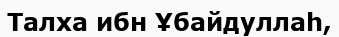
Талха ибн Ұбайдуллаһ,